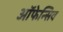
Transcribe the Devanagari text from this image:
ऑफेन्सिव